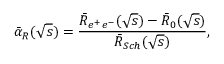
\bar { \alpha } _ { R } ( \sqrt { s } ) = \frac { \bar { R } _ { e ^ { + } e ^ { - } } ( \sqrt { s } ) - \bar { R } _ { 0 } ( \sqrt { s } ) } { \bar { R } _ { S c h } ( \sqrt { s } ) } ,